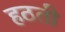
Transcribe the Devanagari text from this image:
हठती